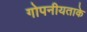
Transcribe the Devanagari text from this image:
गोपनीयताके